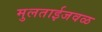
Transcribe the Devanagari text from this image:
मुलताईजवळ